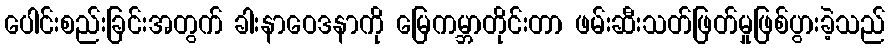
ပေါင်းစည်းခြင်းအတွက် ခါးနာဝေဒနာကို မြေကမ္ဘာတိုင်းတာ ဖမ်းဆီးသတ်ဖြတ်မှုဖြစ်ပွားခဲ့သည်